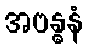
အဗန္ဓနံ